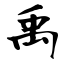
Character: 禹